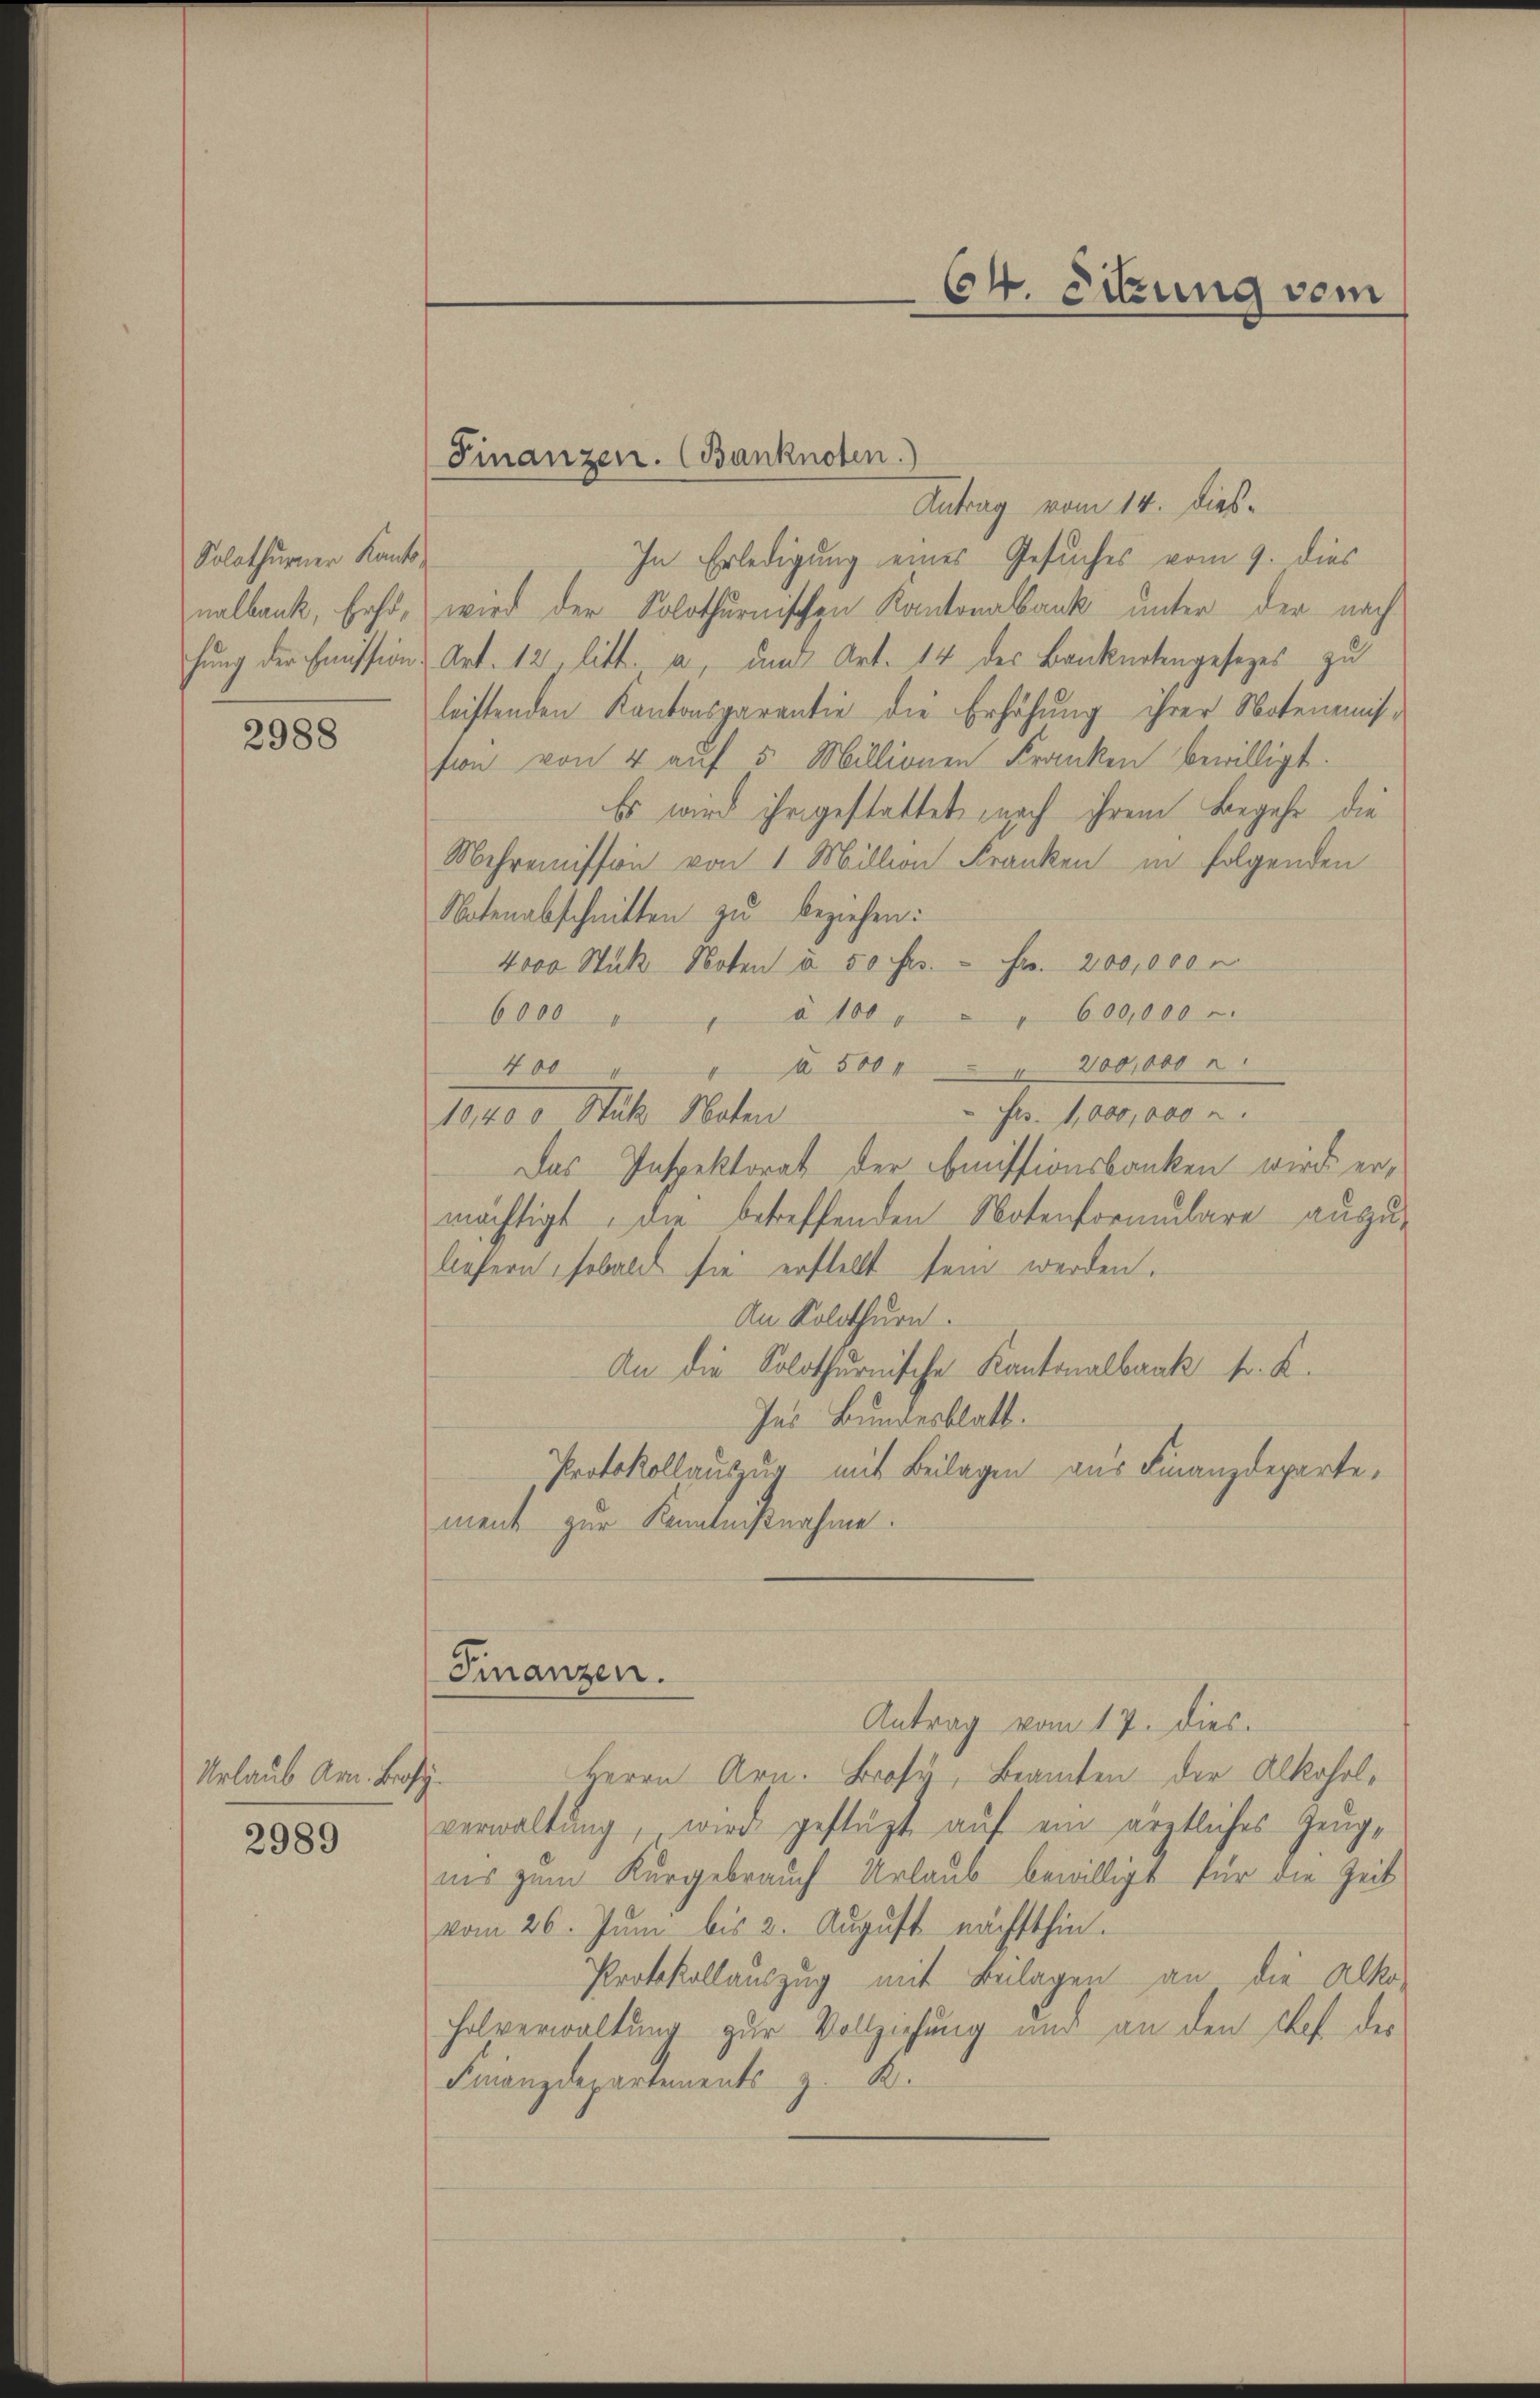
Solothurner Kanto

2988

Urlaub Am. Boy

2989

Antrag vom 14. dies¬
In Erledigung eines Gesuches vom 9. dies
nalbank, Erst, wird der Solothurnischen Kantonalbank unter der nach
hung der Emission Art. 12 litt. a, und Art. 14 des Banknotengesezes zu
leistenden Kantonsgarantie die Erhöhung ihrer Notenemission von 4 auf 5 Millionen Franken bewilligt.
Es wird ihr gestattet, nach ihrem Begehe die
Mehrenissen von 1 Million Franken in folgenden
Notenabschnitten zu beziehen:
4000 Stück Noten à 50 frs. - Fr. 200,000
6000 " " à 100 " " " 600,000
à 500, 200,000
400
Frs. 1,000,000
19,400 Stutz Noten
Das Inspektorat der Emissionsbanken wird ermächtigt, die betreffenden Notenformulare auszu-
liefern sobald sie erstellt sein werden.
An Solothurn.
An die Solothurnische Kantonalbank fr. K.
Ins Bundesblatt.
Protokollaus er mit Beilagen aus Finanzdepartement zur Kenntnißnahme.
Finanzen.
Antrag vom 17. dies.
Herrn Arn. Brosy, Beamten der Alkoholverwaltung, wird gestützt auf ein ärztliches Zeugiis zum Kurgebrauch Urlaub bewilligt für die Zeit
vom 26. Juni bis 2. August nächsthin.
Protokollauszug mit Beilagen an die Alko-
holverwaltung zur Vollziehung und an den Chef der
Finanzdepartements z. K.

Finanzen. (Banknoten.

64. Sitzung vom